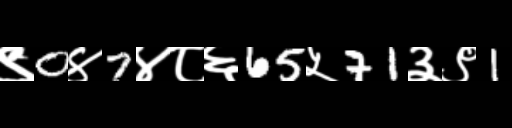
Text: ९0४7४८६65५71३९1